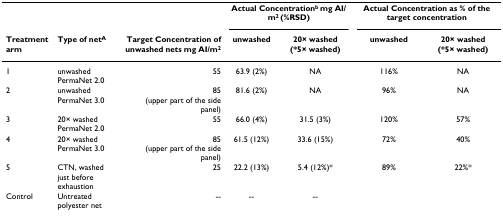
<table><thead><tr><td></td><td></td><td></td><td colspan="2"><b>Actual Concentration<sup>b </sup>mg AI/m<sup>2 </sup>(%RSD)</b></td><td colspan="2"><b>Actual Concentration as % of the target concentration</b></td></tr><tr><td><b>Treatment arm</b></td><td><b>Type of net<sup>A</sup></b></td><td><b>Target Concentration of unwashed nets mg AI/m<sup>2</sup></b></td><td><b>unwashed</b></td><td><b>20× washed (*5× washed)</b></td><td><b>unwashed</b></td><td><b>20× washed (*5× washed)</b></td></tr></thead><tbody><tr><td>1</td><td>unwashed PermaNet 2.0</td><td>55</td><td>63.9 (2%)</td><td>NA</td><td>116%</td><td>NA</td></tr><tr><td>2</td><td>unwashed PermaNet 3.0</td><td>85 (upper part of the side panel)</td><td>81.6 (2%)</td><td>NA</td><td>96%</td><td>NA</td></tr><tr><td>3</td><td>20× washed PermaNet 2.0</td><td>55</td><td>66.0 (4%)</td><td>31.5 (3%)</td><td>120%</td><td>57%</td></tr><tr><td>4</td><td>20× washed PermaNet 3.0</td><td>85 (upper part of the side panel)</td><td>61.5 (12%)</td><td>33.6 (15%)</td><td>72%</td><td>40%</td></tr><tr><td>5</td><td>CTN, washed just before exhaustion</td><td>25</td><td>22.2 (13%)</td><td>5.4 (12%)*</td><td>89%</td><td>22%*</td></tr><tr><td>Control</td><td>Untreated polyester net</td><td>--</td><td>--</td><td>--</td><td></td><td></td></tr></tbody></table>